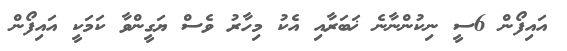
އައިފޯން 6ސީ ނިކުންނާނެ ޚަބަރާއި އެކު މިހާރު ވެސް ޔަގީންވާ ކަމަކީ އައިފޯން